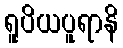
ရူပိယပူရာနိ